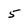
Character: 5